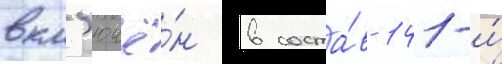
вкл'ючё́н в соста́в 141-и́